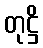
တုဋ္ဌိ